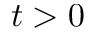
t > 0